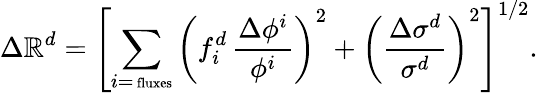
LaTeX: \Delta\mathbb{R}^{d}=\left[\sum_{i=\mathrm{{{\scriptsize~fluxes}}}}\left(f_{i}^{d}\, \frac{{\Delta\phi^{i}}}{{\phi^{i}}}\right)^{2}+\left(\frac{{\Delta\sigma^{d}}}{{\sigma^{d}}}\right)^{2}\right]^{1/2}.